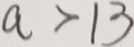
a > 1 3